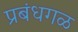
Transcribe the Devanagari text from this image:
प्रबंधगळ